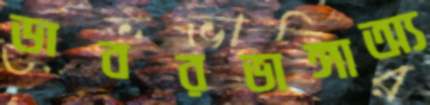
ডাবরভাঙ্গাঅ্য